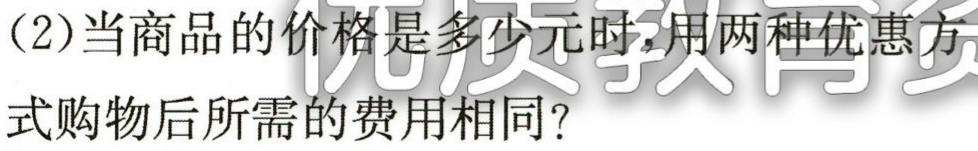
(2)当商品的价格是多少元时，用两种优惠方式购物后所需的费用相同？